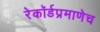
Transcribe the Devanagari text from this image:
रेकॉर्डप्रमाणेच